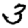
Digit: 3